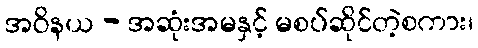
အဝိနယ - အဆုံးအမနှင့် မစပ်ဆိုင်တဲ့စကား၊